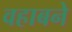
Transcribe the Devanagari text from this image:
वहाबने